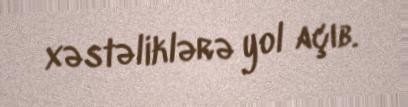
xəstəliklərə yol açıb.